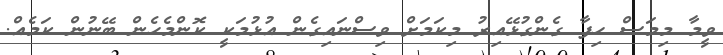
ވީމާ މިމަސް ހިފާ ގެންގުޅޭއިރު މިކަމަށް ވިސްނައިގެން އުޅުމަކީ ކޮންމެހެން ބޭނުން ކަމެއް.